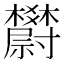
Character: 𣡇